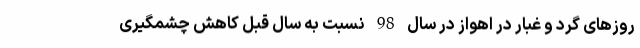
روزهای گرد و غبار در اهواز در سال 98 نسبت به سال قبل کاهش چشمگیری